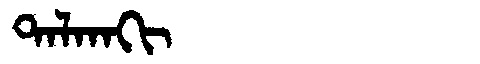
Manchu: ᡨᠠᠯᡴᠠᡴᡳ
Romanization: TALKAKI